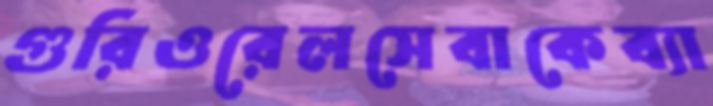
গুরিওরেলসেবাকেব্যা